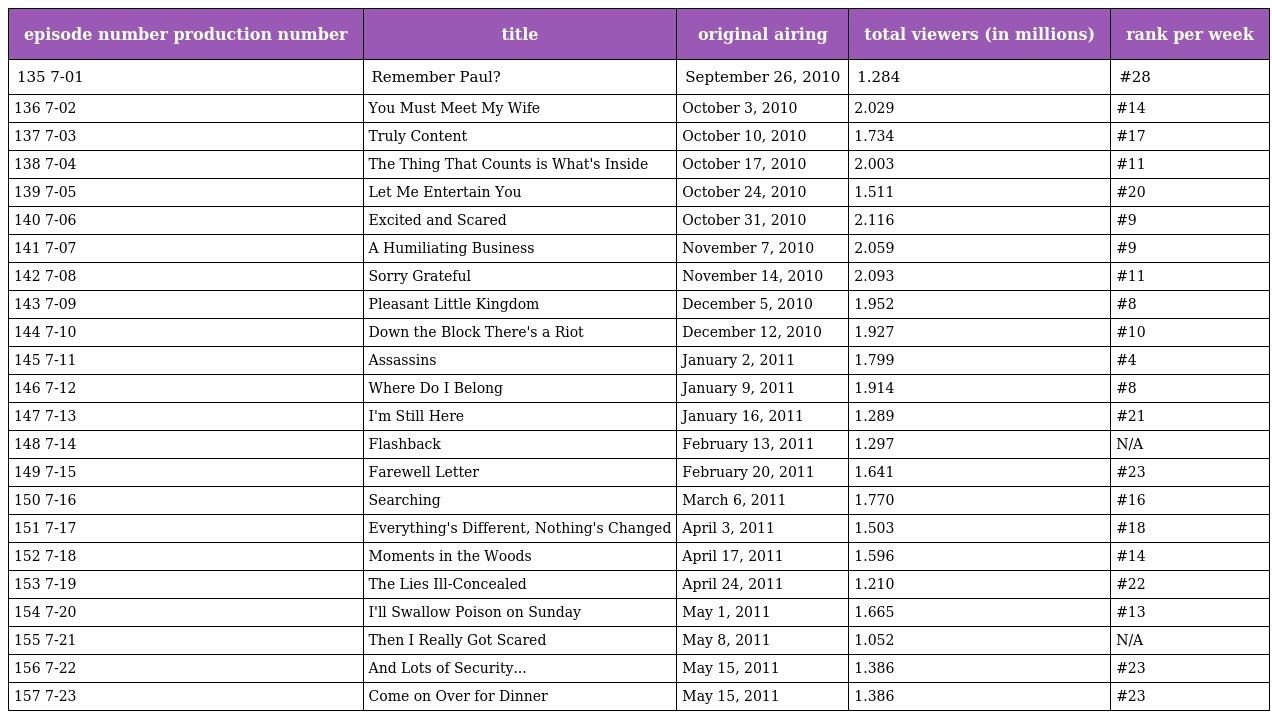
| episode number production number | title | original airing | total viewers (in millions) | rank per week |
 | --- | --- | --- | --- | --- |
 | 135 7-01 | Remember Paul? | September 26, 2010 | 1.284 | #28 |
 | 136 7-02 | You Must Meet My Wife | October 3, 2010 | 2.029 | #14 |
 | 137 7-03 | Truly Content | October 10, 2010 | 1.734 | #17 |
 | 138 7-04 | The Thing That Counts is What's Inside | October 17, 2010 | 2.003 | #11 |
 | 139 7-05 | Let Me Entertain You | October 24, 2010 | 1.511 | #20 |
 | 140 7-06 | Excited and Scared | October 31, 2010 | 2.116 | #9 |
 | 141 7-07 | A Humiliating Business | November 7, 2010 | 2.059 | #9 |
 | 142 7-08 | Sorry Grateful | November 14, 2010 | 2.093 | #11 |
 | 143 7-09 | Pleasant Little Kingdom | December 5, 2010 | 1.952 | #8 |
 | 144 7-10 | Down the Block There's a Riot | December 12, 2010 | 1.927 | #10 |
 | 145 7-11 | Assassins | January 2, 2011 | 1.799 | #4 |
 | 146 7-12 | Where Do I Belong | January 9, 2011 | 1.914 | #8 |
 | 147 7-13 | I'm Still Here | January 16, 2011 | 1.289 | #21 |
 | 148 7-14 | Flashback | February 13, 2011 | 1.297 | N/A |
 | 149 7-15 | Farewell Letter | February 20, 2011 | 1.641 | #23 |
 | 150 7-16 | Searching | March 6, 2011 | 1.770 | #16 |
 | 151 7-17 | Everything's Different, Nothing's Changed | April 3, 2011 | 1.503 | #18 |
 | 152 7-18 | Moments in the Woods | April 17, 2011 | 1.596 | #14 |
 | 153 7-19 | The Lies Ill-Concealed | April 24, 2011 | 1.210 | #22 |
 | 154 7-20 | I'll Swallow Poison on Sunday | May 1, 2011 | 1.665 | #13 |
 | 155 7-21 | Then I Really Got Scared | May 8, 2011 | 1.052 | N/A |
 | 156 7-22 | And Lots of Security... | May 15, 2011 | 1.386 | #23 |
 | 157 7-23 | Come on Over for Dinner | May 15, 2011 | 1.386 | #23 |